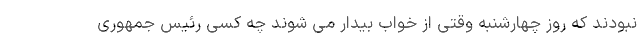
نبودند که روز چهارشنبه وقتی از خواب بیدار می شوند چه کسی رئیس جمهوری